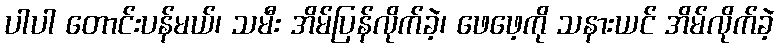
ပါပါ တောင်းပန်မယ်၊ သမီး အိမ်ပြန်လိုက်ခဲ့၊ ဖေဖေ့ကို သနားယင် အိမ်လိုက်ခဲ့